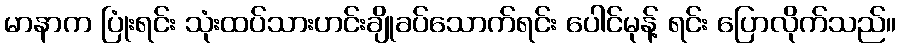
မာနာက ပြုံးရင်း သုံးထပ်သားဟင်းချိုခပ်သောက်ရင်း ပေါင်မုန့် ရင်း ပြောလိုက်သည်။